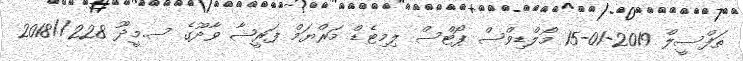
ތަފްސީލް 2019-01-15 މޯލްޑިވްސް ޕޯޓްސް ލިމިޓެޑް މަރްޔަމް ފަރީޝާ ވާދޫގެ ސ.މީދޫ 228//2018